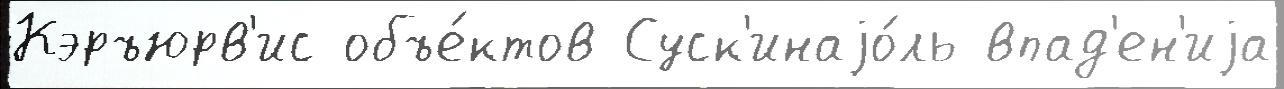
Кэръюрв'ис объе́ктов Суск'инаjо́ль впад'ен'иjа